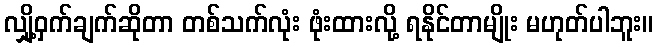
လျှို့ဝှက်ချက်ဆိုတာ တစ်သက်လုံး ဖုံးထားလို့ ရနိုင်တာမျိုး မဟုတ်ပါဘူး။